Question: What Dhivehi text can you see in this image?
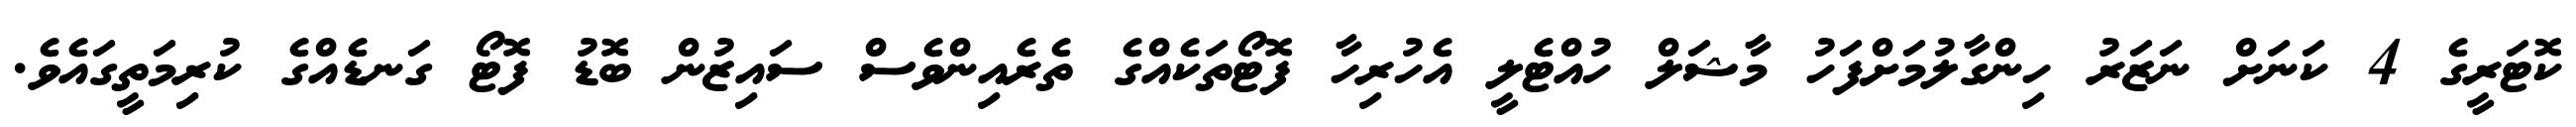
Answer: ކޮޓަރީގެ 4 ކަނަށް ނަޒަރު ހިންގާލުމަށްފަހު މާޝަލް ހުއްޓެލީ އެހުރިހާ ފޮޓޯތަކެއްގެ ތެރެއިންވެސް ސައިޒުން ބޮޑު ފޮޓޯ ގަނޑެއްގެ ކުރިމަތީގައެވެ.